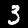
Digit: 3